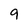
Character: 9